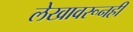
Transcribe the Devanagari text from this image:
लेखावरूनही